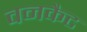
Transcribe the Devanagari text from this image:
वनकैट